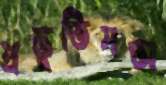
প্রস্তুতিসভা